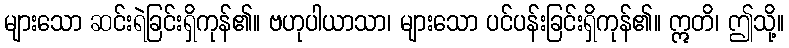
များသော ဆင်းရဲခြင်းရှိကုန်၏။ ဗဟုပါယာသာ၊ များသော ပင်ပန်းခြင်းရှိကုန်၏။ ဣတိ၊ ဤသို့။